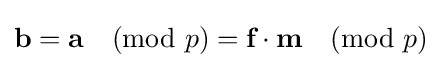
{\textbf {b}}={\textbf {a}}{\pmod {p}}={\textbf {f}}\cdot {\textbf {m}}{\pmod {p}}